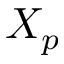
X _ { p }